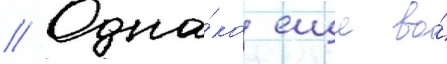
// Одна́ко еще во́